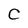
Character: C